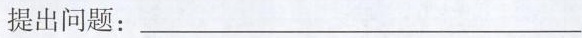
提出问题：___